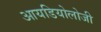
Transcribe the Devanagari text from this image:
आयडियोलोजी